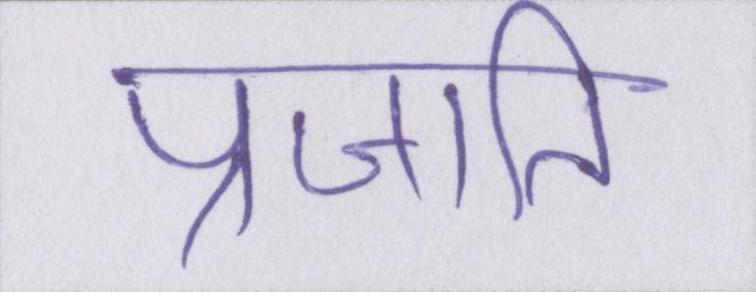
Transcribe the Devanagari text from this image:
प्रजाति